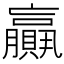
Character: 𦢼